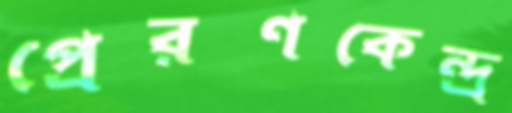
প্রেরণকেন্দ্র